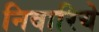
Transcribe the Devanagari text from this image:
निवारिये